Scottish Leaving Certificate Examination, 1959
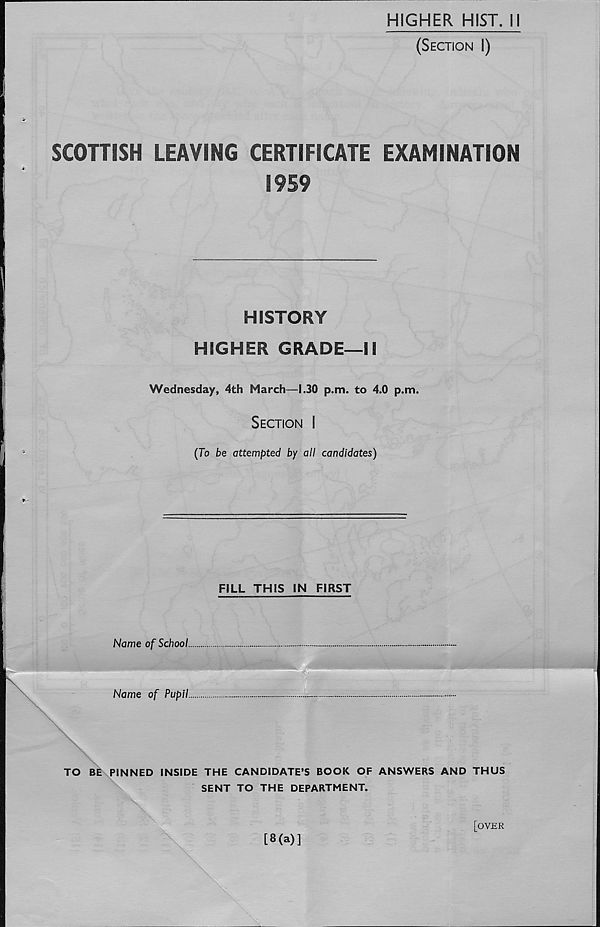
HIGHER HIST. H
(Section I)
SCOTTISH LEAVING CERTIFICATE EXAMINATION
1959
HISTORY
HIGHER GRADE—II
Wednesday, 4th March—1.30 p.m. to 4.0 p.m.
Section I
(To be attempted by all candidates)
FILL THIS IN FIRST
Name of School
Name of Pupil
TO BE PINNED INSIDE THE CANDIDATE’S BOOK OF ANSWERS AND THUS
SENT TO THE DEPARTMENT.
[8(a)]
[over